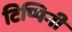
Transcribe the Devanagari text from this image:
टिप्पिनी